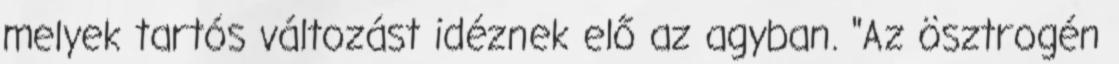
melyek tartós változást idéznek elő az agyban. "Az ösztrogén